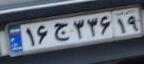
۱۶ج۳۳۶۱۹